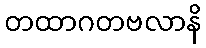
တထာဂတဗလာနိ